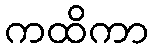
ကထိကာ